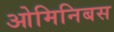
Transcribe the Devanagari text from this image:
ओमिनिबस